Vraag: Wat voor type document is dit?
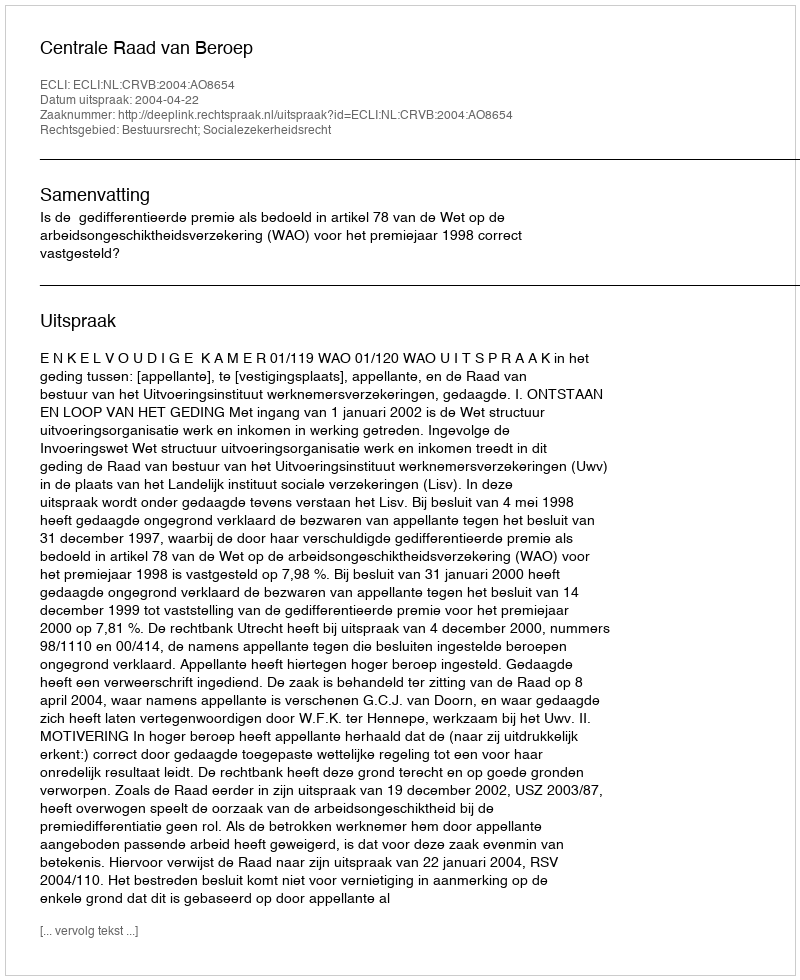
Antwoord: Uitspraak